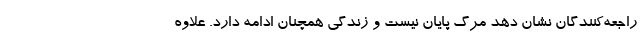
راجعه‌کنندگان نشان دهد مرگ پایان نیست و زندگی همچنان ادامه دارد. علاوه